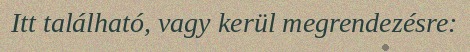
Itt található, vagy kerül megrendezésre: